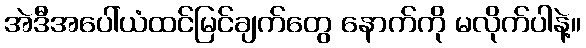
အဲဒီအပေါ်ယံထင်မြင်ချက်တွေ နောက်ကို မလိုက်ပါနဲ့။